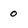
Character: o